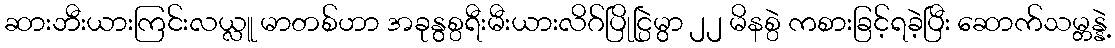
ဆားဘီးယားကြင်းလယ္လူ မာတစ်ဟာ အခုနွစ္ပရီးမီးယားလိဂ်ပြိုင္ပြဲမွာ ၂၂ မိနစ္ပဲ ကစားခြင့်ရခဲ့ပြီး ဆောက်သမ္တန္နဲ့